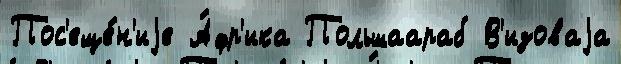
Пос'еще́н'иjе А́фр'ика Польшаараб В'изоваjа